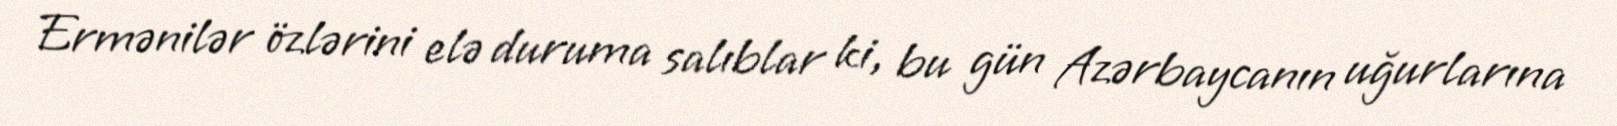
Ermənilər özlərini elə duruma salıblar ki, bu gün Azərbaycanın uğurlarına